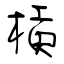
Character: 槓